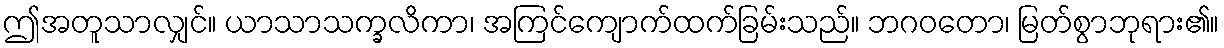
ဤအတူသာလျှင်။ ယာသာသက္ခလိကာ၊ အကြင်ကျောက်ထက်ခြမ်းသည်။ ဘဂဝတော၊ မြတ်စွာဘုရား၏။